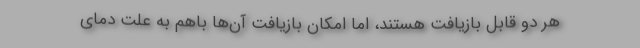
هر دو قابل بازیافت هستند، اما امکان بازیافت آن‌ها باهم به علت دمای